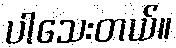
ပါသေးတယ်။